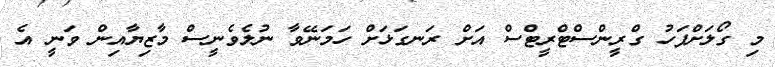
މި ގޯލަށްފަހު ގްރީންސްޓްރީޓްސް އަށް ރަނގަޅަށް ހަމަނޭވާ ނުލެވެނީސް މާޒިޔާއިން ވަނީ އެ